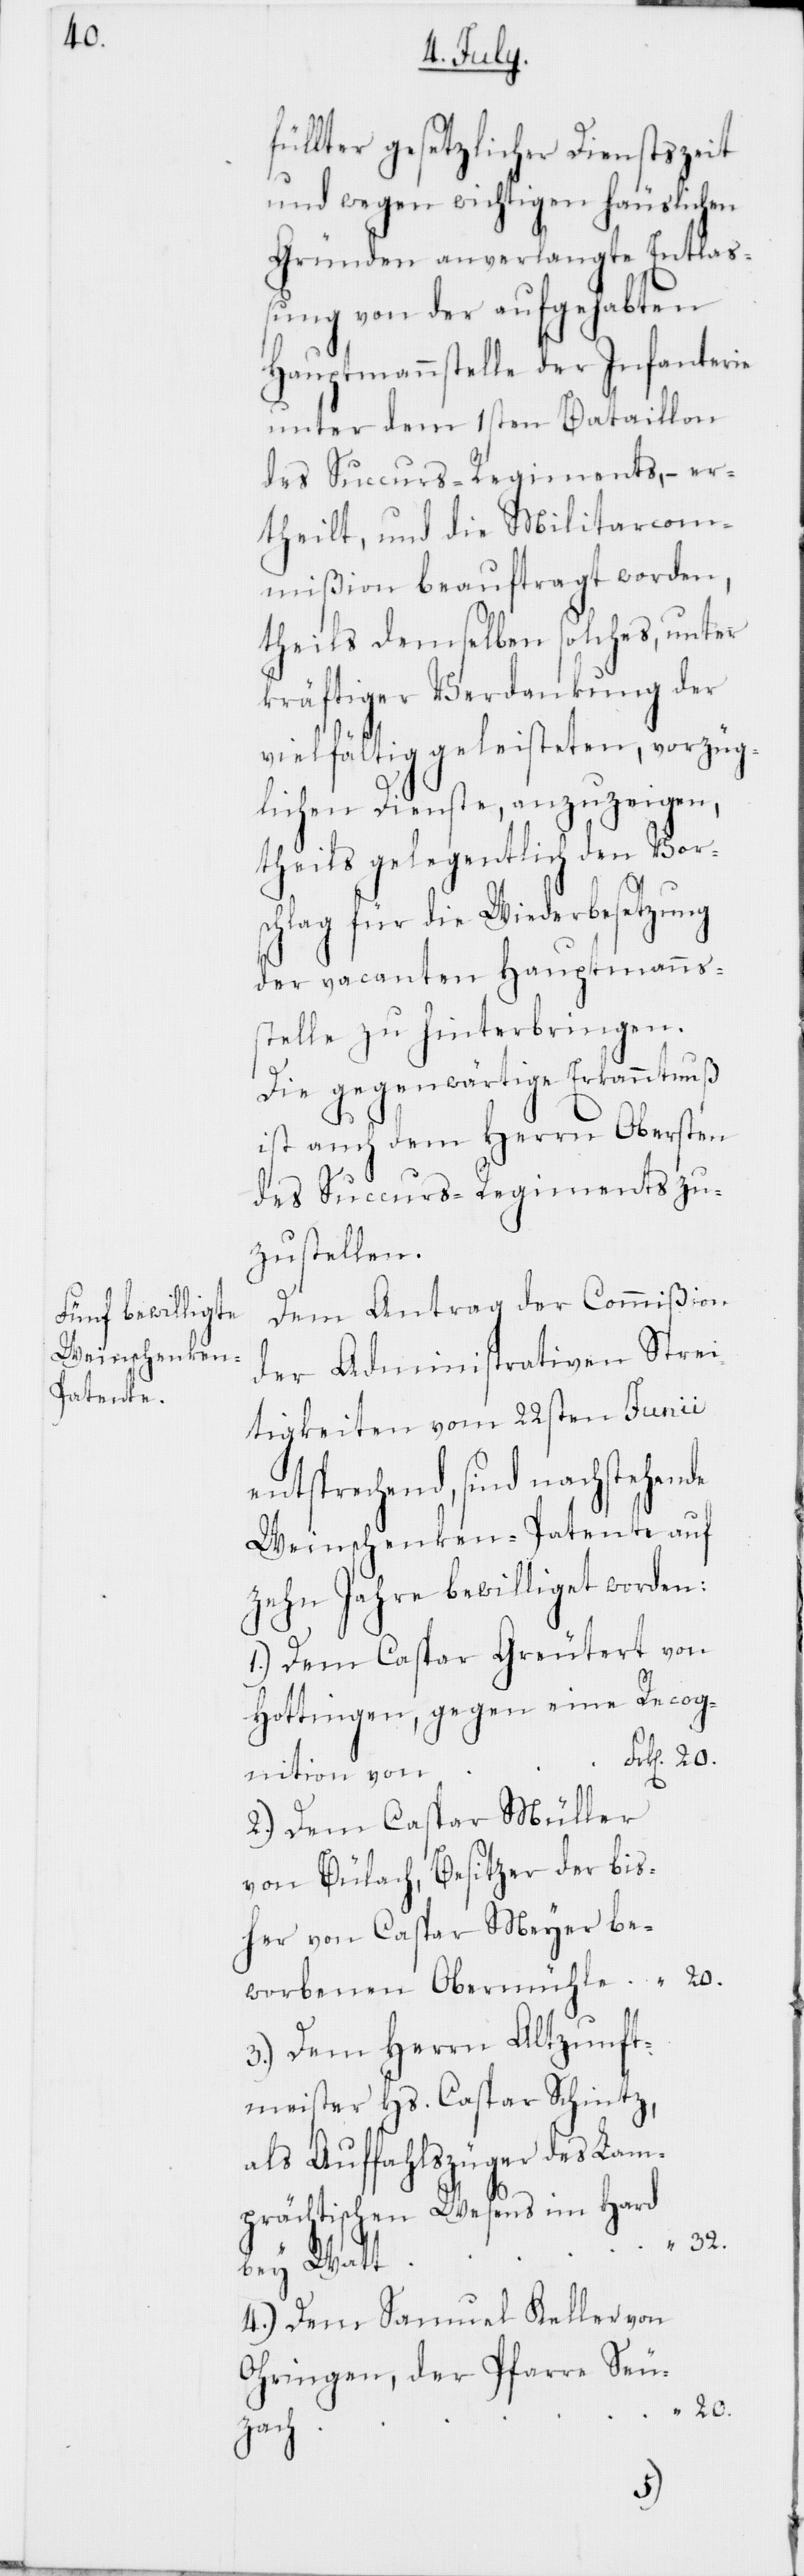
füllter gesetzlicher Dienstszeit
und wegen wichtigen häuslichen
Gründen anverlangte Entlaß¬
ung von der aufgehabten
Hauptmannsstelle der Infanterie
unter dem 1sten Bataillon
des Succurs-Regiments, – er¬
theilt, und die Militarcom¬
mißion beauftragt worden,
theils demselben solches, unter
kräftiger Verdankung der
vielfältig geleisteten, vorzüg¬
lichen Dienste, anzuzeigen,
theils gelegentlich den Vor¬
schlag für die Wiederbesetzung
der vacanten Hauptmanns¬
stelle zu hinterbringen.
Die gegenwärtige Erkanntnuß
ist auch dem Herrn Obersten
des Succurs-Regiments zu¬
zustellen.
Dem Antrag der Commißion
der Administrativen Strei¬
tigkeiten vom 22sten Junii
entsprechend, sind nachstehen¬
Weinschenken-Patente auf
zehn Jahre bewilliget worden:
1.) Dem Caspar Greutert von
Hottingen, gegen eine Recog¬
nition von
2.) Dem Caspar Müller
von Bülach, Besitzer der bis¬
her von Caspar Meyer be¬
worbenen Obermühle
3.) Dem Herrn Altzunft¬
meister Hs. Caspar Schintz,
als Auffahlszüger des Lam¬
prächtischen Wesens im Hard
bey Watt
4.) Dem Samuel Keller von
Ohringen, der Pfarre Seu¬
20.
zach
“